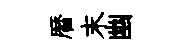
暦末幽